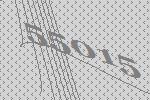
55015